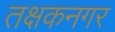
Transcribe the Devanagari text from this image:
तक्षकनगर